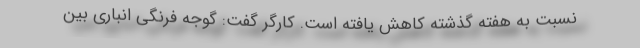
نسبت به هفته گذشته کاهش یافته است. کارگر گفت: گوجه فرنگی انباری بین